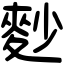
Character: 麨